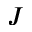
J